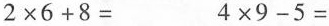
$$\times6+8=$$ $$4\times9-5=$$